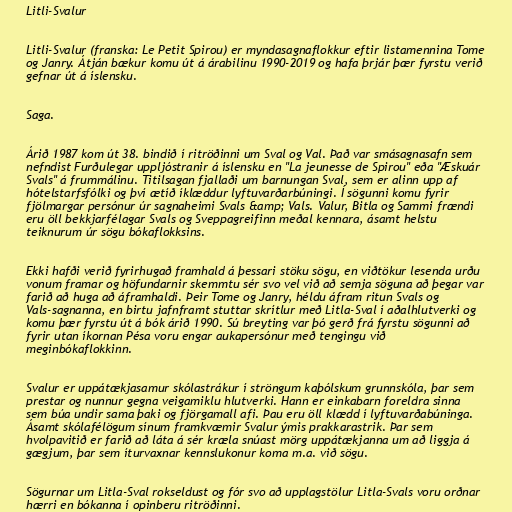
Litli-Svalur

Litli-Svalur (franska: Le Petit Spirou) er myndasagnaflokkur eftir listamennina Tome
og Janry. Átján bækur komu út á árabilinu 1990-2019 og hafa þrjár þær fyrstu verið
gefnar út á íslensku.

Saga.

Árið 1987 kom út 38. bindið í ritröðinni um Sval og Val. Það var smásagnasafn sem
nefndist Furðulegar uppljóstranir á íslensku en "La jeunesse de Spirou" eða "Æskuár
Svals" á frummálinu. Titilsagan fjallaði um barnungan Sval, sem er alinn upp af
hótelstarfsfólki og því ætíð íklæddur lyftuvarðarbúningi. Í sögunni komu fyrir
fjölmargar persónur úr sagnaheimi Svals &amp; Vals. Valur, Bitla og Sammi frændi
eru öll bekkjarfélagar Svals og Sveppagreifinn meðal kennara, ásamt helstu
teiknurum úr sögu bókaflokksins.

Ekki hafði verið fyrirhugað framhald á þessari stöku sögu, en viðtökur lesenda urðu
vonum framar og höfundarnir skemmtu sér svo vel við að semja söguna að þegar var
farið að huga að áframhaldi. Þeir Tome og Janry, héldu áfram ritun Svals og
Vals-sagnanna, en birtu jafnframt stuttar skrítlur með Litla-Sval í aðalhlutverki og
komu þær fyrstu út á bók árið 1990. Sú breyting var þó gerð frá fyrstu sögunni að
fyrir utan íkornan Pésa voru engar aukapersónur með tengingu við
meginbókaflokkinn.

Svalur er uppátækjasamur skólastrákur í ströngum kaþólskum grunnskóla, þar sem
prestar og nunnur gegna veigamiklu hlutverki. Hann er einkabarn foreldra sinna
sem búa undir sama þaki og fjörgamall afi. Þau eru öll klædd í lyftuvarðabúninga.
Ásamt skólafélögum sínum framkvæmir Svalur ýmis prakkarastrik. Þar sem
hvolpavitið er farið að láta á sér kræla snúast mörg uppátækjanna um að liggja á
gægjum, þar sem íturvaxnar kennslukonur koma m.a. við sögu.

Sögurnar um Litla-Sval rokseldust og fór svo að upplagstölur Litla-Svals voru orðnar
hærri en bókanna í opinberu ritröðinni.